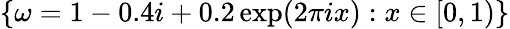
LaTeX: \{ \omega=1-0.4i+0.2\exp(2\pi ix):x\in[0,1)\}